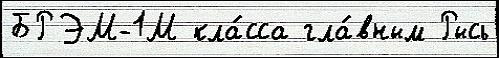
БРЭМ-1М кла́сса гла́вным Рысь